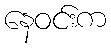
နေဝင်းက